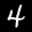
Label: 4